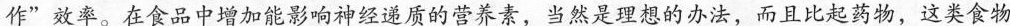
作”效率。在食品中增加能影响神经递质的营养素，当然是理想的办法，而且比起药物，这类食物